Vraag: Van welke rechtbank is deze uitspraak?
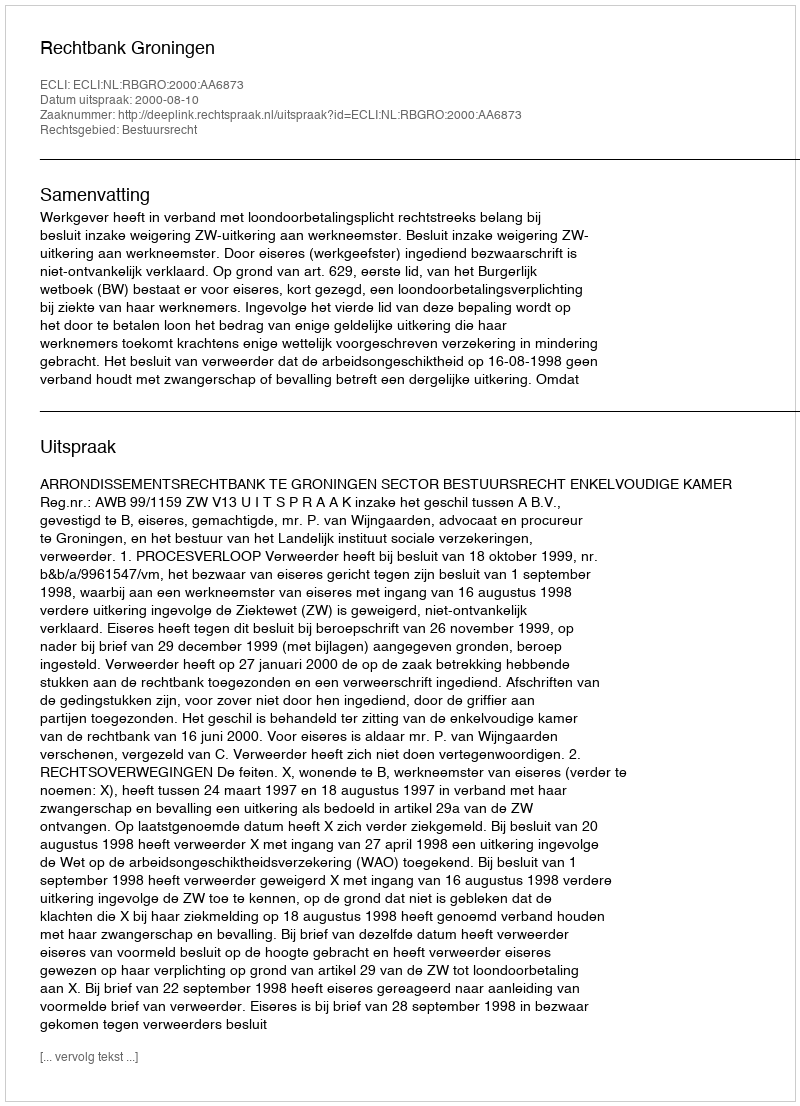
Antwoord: Rechtbank Groningen